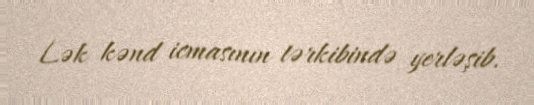
Lək kənd icmasının tərkibində yerləşib.